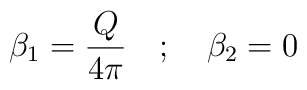
\beta_1 = \frac{Q}{4 \pi} \quad ; \quad \beta_2 = 0